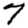
Digit: 7